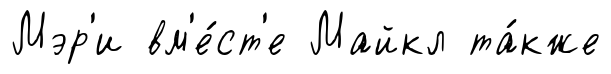
Мэр'и вм'е́ст'е Майкл та́кже